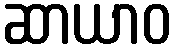
ဆာယာဝ